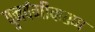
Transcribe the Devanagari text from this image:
पुनर्वगीकरण